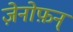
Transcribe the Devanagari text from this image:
ज़ेनोफ़न्